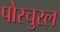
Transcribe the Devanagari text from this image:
पोस्चुरल